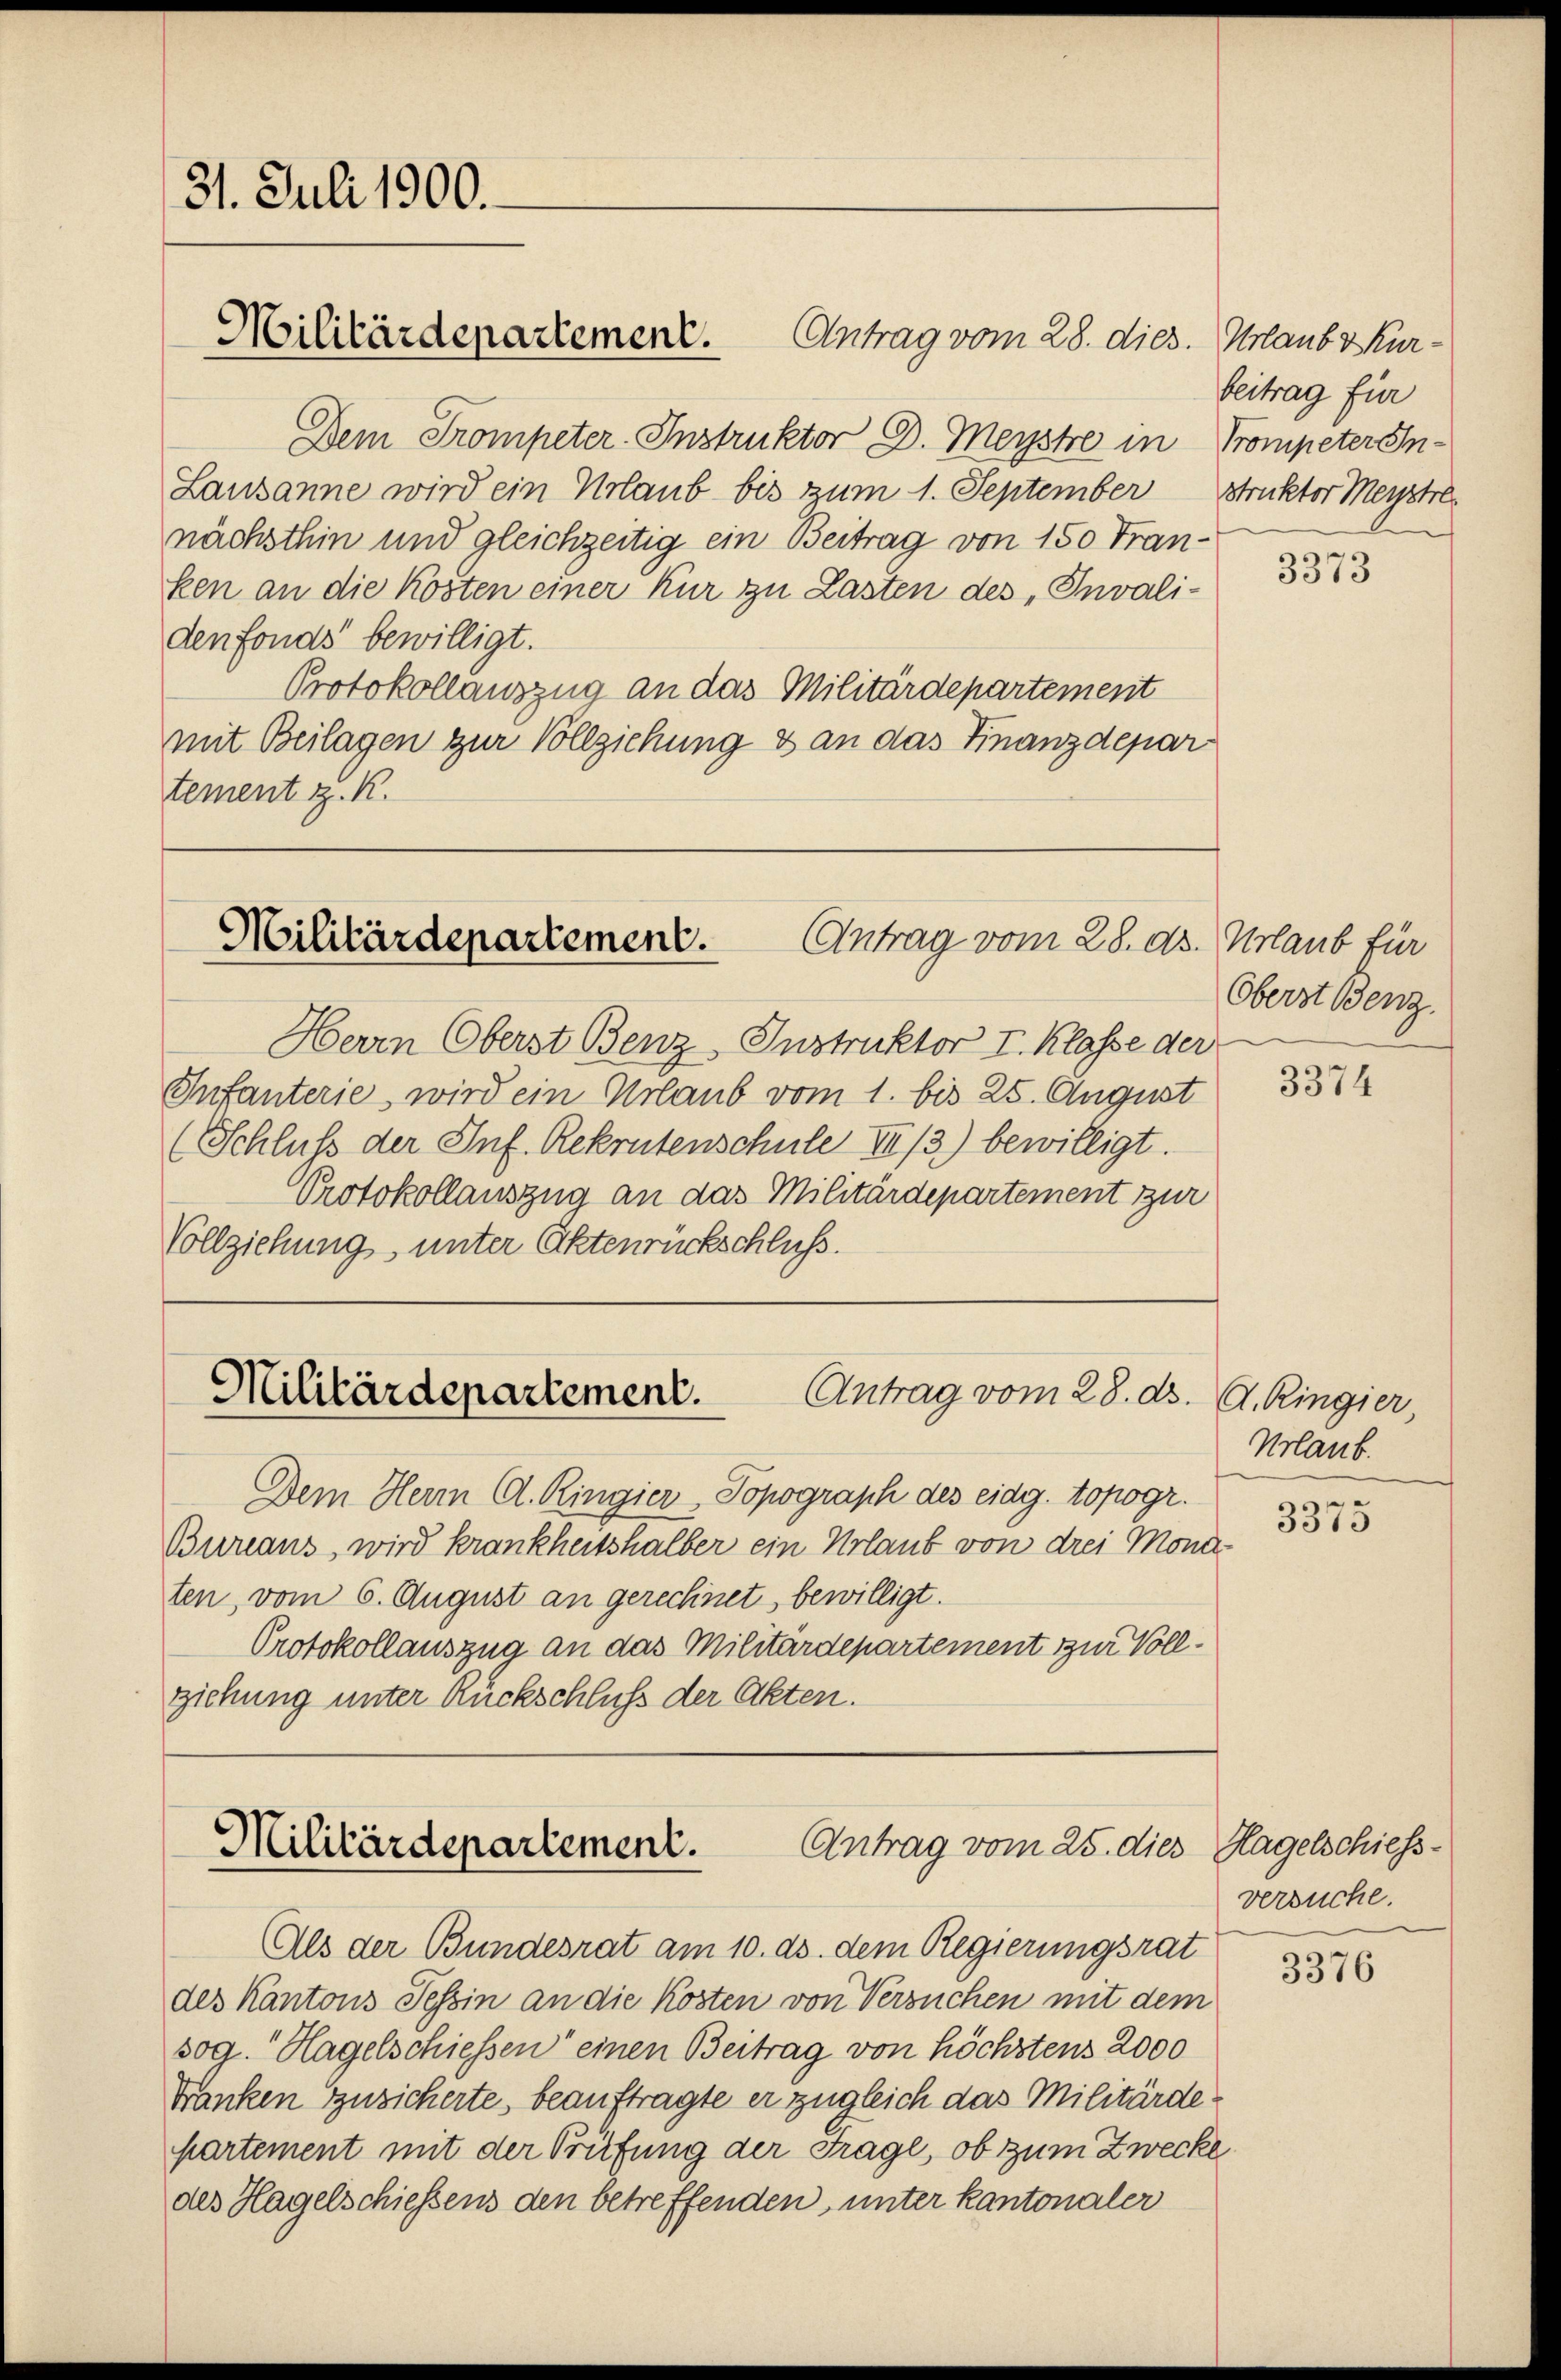
31. Juli 1900.

Militärdepartement.

Antrag vom 28. dies. Urlaub v Kur¬
Dem Trompeter-Instruktor D. Meystre in Trompeter In¬
Lausanne wird ein Urlaub bis zum 1. September Struktor Meystre
nächsthin und gleichzeitig ein Beitrag von 150 Tranken an die Kosten einer kur zu Lasten des „Invali-
denfonds bewilligt.
Protokollauszug an das Militärdepartement
mit Beilagen zur Vollziehung & an das Finanzdepar
tement z. K.

Militärdepartement.
Antrag vom 28. ds. Urlaub für

Herrn Oberst Benz-Instruktor I. Klasse der
Infanterie, wird ein Urlaub vom 1. bis 25. August
(Schluß der Inf. Rekrutenschule XI/3) bewilligt.
Protokollauszug an das Militärdepartement zur
Vollziehung unter Aktenrückschluss.

Militärdepartement.
Antrag vom 28. ds. A. Ringier

Antrag vom 25. dies
Militärdepartement.

Als der Bundesrat am 10. ds. dem Regierungsrat
des Kantons Tessin an die Kosten von Versuchen mit dem
sog. Hagelschiessen einen Beitrag von höchstens 2000
Franken Zusicherte, beauftragte er zugleich das Militärdepartement mit der Prüfung der Frage, ob zum Zwecke
des Hagelschiessens den betreffenden, unter kantonaler

beitrag für

Dem Herm A. Ringier-Topograph des eidg. topogr.
Bureaus, wird krankheitshalber ein Urlaub von drei Monde
ten, vom 6. August an gerechnet bewilligt.
Protokollauszug an das Militärdepartement zur Vollziehung unter Rückschluß der Akten.

3373

Oberst Benz.

3374

Urlaub.

3375

Hagelschiess-
versuche.

3376